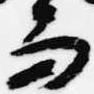
而